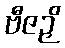
ဗီဇဉှိ